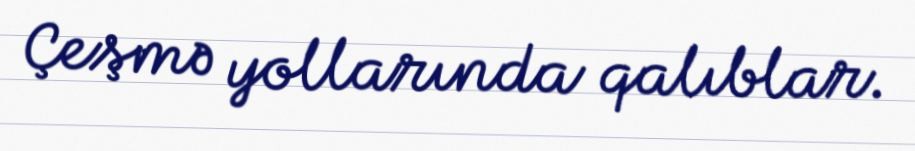
Çeşmə yollarında qalıblar.